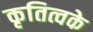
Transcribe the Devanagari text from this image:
कृतित्वके